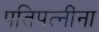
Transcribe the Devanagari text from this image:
पतिपत्‍नींना